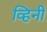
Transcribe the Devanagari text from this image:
व्हिनी